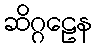
ဆိဂ္ဂဠေန